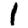
Digit: 1